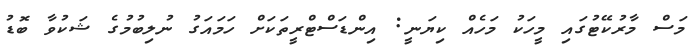
މަސް މާރުކޭޓުގައި މީހަކު މަހެއް ކިޔަނީ: އިންޑަސްޓްރީތަކަށް ހަމައަގު ނުލިބުމުގެ ޝަކުވާ ބޮޑު